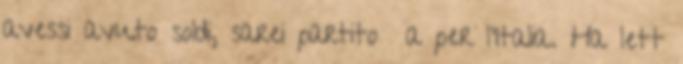
avessi avuto soldi, sarei partito a per l’Italia. Ha lett